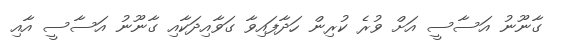
ގާނޫނު އަސާސީ އަށް ވުރެ ކުރިން ހަދާފައިވާ ގަވާއިދަކާއި ގާނޫނު އަސާސީ އާއި